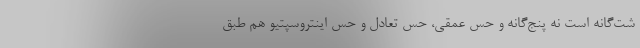
شت‌گانه است نه پنج‌گانه و حس عمقی، حس تعادل و حس اینتروسپتیو هم طبق